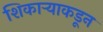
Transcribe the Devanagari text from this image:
शिकाऱ्याकडून